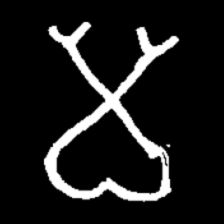
Pyu character \u2014 Myanmar letter: မ (romanized: ma)